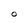
Character: O